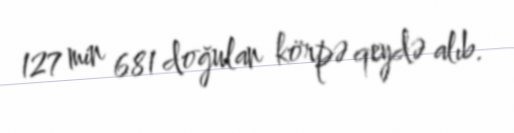
127 min 681 doğulan körpə qeydə alıb.